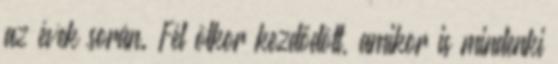
az évek során. Fél ötkor kezdődött, amikor is mindenki